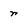
Character: r